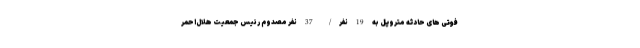
فوتی های حادثه متروپل به 19 نفر/ 37 نفر مصدوم رئیس جمعیت هلال‌احمر